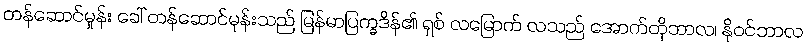
တန်ဆောင်မှုန်း ခေါ် တန်ဆောင်မုန်းသည် မြန်မာပြက္ခဒိန်၏ ရှစ် လမြောက် လသည် အောက်တိုဘာလ၊ နိုဝင်ဘာလ